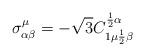
LaTeX: \begin{align*}\sigma^{\mu}_{\alpha\beta}=-\sqrt{3} C^{{1\over 2}\alpha}_{1\mu{1\over 2}\beta}\end{align*}